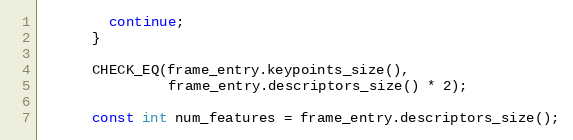
Language: C++
        continue;
      }

      CHECK_EQ(frame_entry.keypoints_size(),
               frame_entry.descriptors_size() * 2);

      const int num_features = frame_entry.descriptors_size();